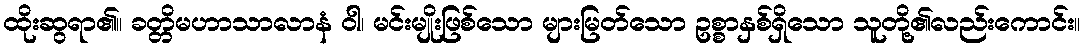
ထိုးဆွရာ၏။ ခတ္တိမဟာသာလာနံ ဝါ၊ မင်းမျိုးဖြစ်သော များမြတ်သော ဥစ္စာနှစ်ရှိသော သူတို့၏လည်းကောင်း။